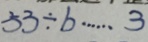
5 3 \div b \cdots 3